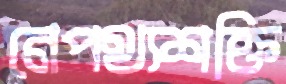
নেপথ্যশক্তি